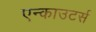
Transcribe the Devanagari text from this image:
एन्काउटर्स